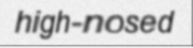
high-nosed